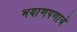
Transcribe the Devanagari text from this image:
भयाणपणाचे